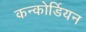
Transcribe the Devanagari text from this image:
कन्कोर्डियन